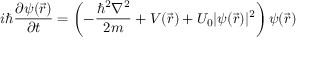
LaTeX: i \hbar { \frac { \partial \psi ( { \vec { r } } ) } { \partial t } } = \left( - { \frac { \hbar ^ { 2 } \nabla ^ { 2 } } { 2 m } } + V ( { \vec { r } } ) + U _ { 0 } | \psi ( { \vec { r } } ) | ^ { 2 } \right) \psi ( { \vec { r } } )